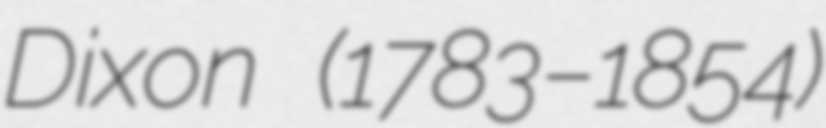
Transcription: Dixon (1783–1854)